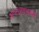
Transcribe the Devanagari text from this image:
आनंदपालसह